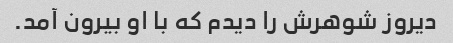
دیروز شوهرش را دیدم که با او بیرون آمد.